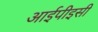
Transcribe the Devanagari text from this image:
आईपीइसी